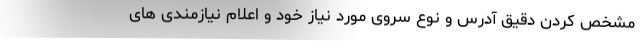
مشخص کردن دقیق آدرس و نوع سروی مورد نیاز خود و اعلام نیازمندی های